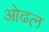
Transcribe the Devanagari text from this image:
ओढल